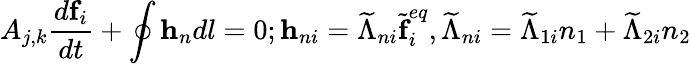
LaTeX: A_{j,k}\frac{d\textbf{f}_{i}}{dt}+\oint\textbf{h}_{n}dl=0;\textbf{h}_{ni}=\widetilde{\Lambda}_{ni}\widetilde{\textbf{f}}_{i}^{eq},\widetilde{\Lambda}_{ni}=\widetilde{\Lambda}_{1i}n_{1}+\widetilde{\Lambda}_{2i}n_{2}